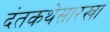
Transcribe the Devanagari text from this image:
दंतकथेसारखा